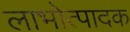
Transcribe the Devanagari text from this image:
लाभोत्पादक